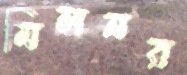
মিলনর